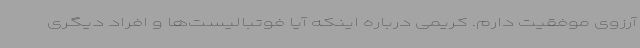
آرزوی موفقیت دارم. کریمی درباره اینکه آیا فوتبالیست‌ها و افراد دیگری